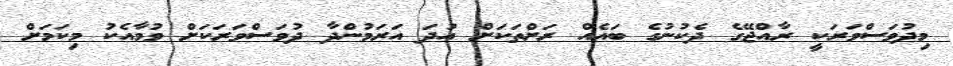
މިދުވަސްވަރަކީ ރާއްޖޭގެ ދެކުނުގެ ބައެއް ރަށްތަކަށް އުދަ އަރަމުންދާ ދުވަސްވަރަކަށް ވުމާއެކު މިކަމަށް